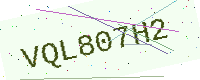
Text: VQL807H2